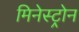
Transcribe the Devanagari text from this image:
मिनेस्ट्रोन